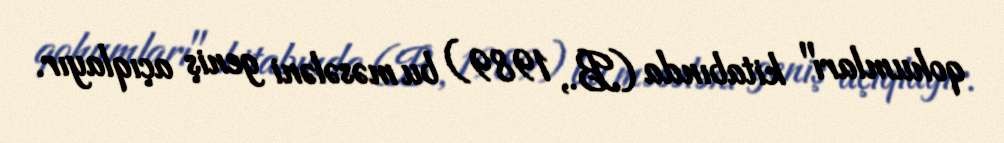
qohumları" kitabında (B., 1989) bu məsələni geniş açıqlayır.